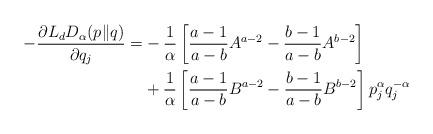
LaTeX: \begin{align*}-\frac{\partial L_{d}D_{\alpha}(p\|q)}{\partial q_{j}}=&-\frac{1}{\alpha}\left[\frac{a-1}{a-b}A^{a-2}-\frac{b-1}{a-b}A^{b-2}\right]\\&+\frac{1}{\alpha}\left[\frac{a-1}{a-b}B^{a-2}-\frac{b-1}{a-b}B^{b-2}\right]p^{\alpha}_{j}q^{-\alpha}_{j}\end{align*}